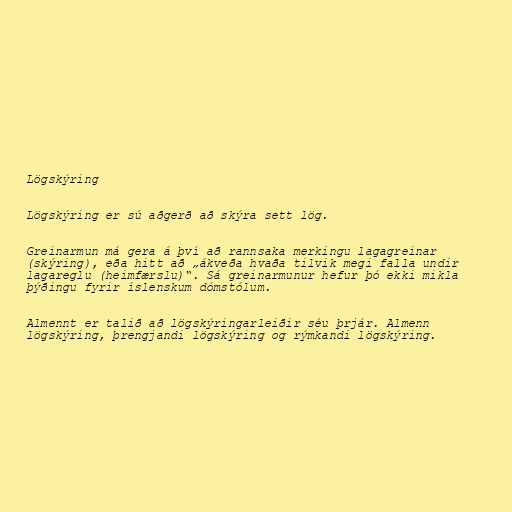
Lögskýring

Lögskýring er sú aðgerð að skýra sett lög.

Greinarmun má gera á því að rannsaka merkingu lagagreinar
(skýring), eða hitt að „ákveða hvaða tilvik megi falla undir
lagareglu (heimfærslu)“. Sá greinarmunur hefur þó ekki mikla
þýðingu fyrir íslenskum dómstólum.

Almennt er talið að lögskýringarleiðir séu þrjár. Almenn
lögskýring, þrengjandi lögskýring og rýmkandi lögskýring.